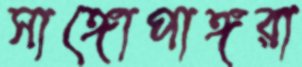
সাঙ্গোপাঙ্গরা